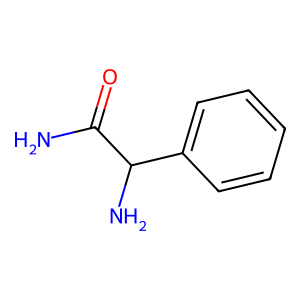
SMILES: NC(=O)C(N)c1ccccc1
Inhibits HIV replication: No